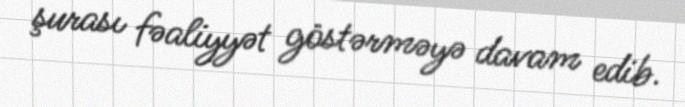
şurası fəaliyyət göstərməyə davam edib.